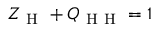
Z _ { \mathrm { ~ H ~ } } + Q _ { \mathrm { ~ H ~ H ~ } } = 1